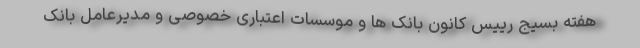
هفته بسیج رییس کانون بانک ها و موسسات اعتباری خصوصی و مدیرعامل بانک